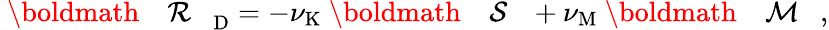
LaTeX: \mathrm{~\boldmath~{~\cal~{~R~}~}~}_{\mathrm{{D}}}=-\nu_{\mathrm{{K}}}\mathrm{~\boldmath~{~\cal~{~S~}~}~}+\nu_{\mathrm{{M}}}\mathrm{~\boldmath~{~\cal~{~M~}~}~},